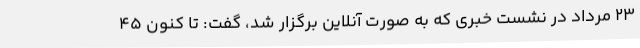
23 مرداد در نشست خبری که به صورت آنلاین برگزار شد، گفت: تا کنون 45